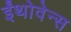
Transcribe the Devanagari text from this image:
ईंथोवेन्स